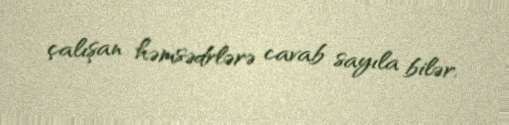
çalışan həmsədrlərə cavab sayıla bilər.